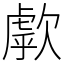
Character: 歑